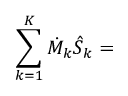
\sum _ { k = 1 } ^ { K } { \dot { M } } _ { k } { \hat { S } } _ { k } = { }